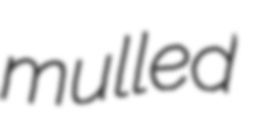
mulled